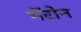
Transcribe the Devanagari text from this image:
गॅरोन